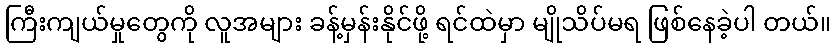
ကြီးကျယ်မှုတွေကို လူအများ ခန့်မှန်းနိုင်ဖို့ ရင်ထဲမှာ မျိုသိပ်မရ ဖြစ်နေခဲ့ပါ တယ်။